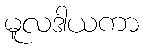
မူလဒါယကာ